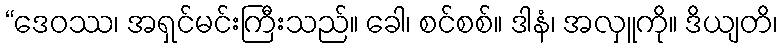
“ဒေဝဿ၊ အရှင်မင်းကြီးသည်။ ခေါ၊ စင်စစ်။ ဒါနံ၊ အလှူကို။ ဒိယျတိ၊